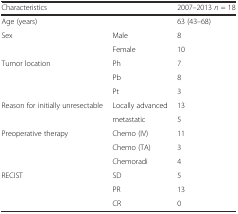
| Characteristics |  | 2007–2013 n = 18 |
 | --- | --- | --- |
 | Age (years) |  | 63 (43–68) |
 | Sex | Male | 8 |
 |  | Female | 10 |
 | Tumor location | Ph | 7 |
 |  | Pb | 8 |
 |  | Pt | 3 |
 | Reason for initially unresectable | Locally advanced | 13 |
 |  | metastatic | 5 |
 | Preoperative therapy | Chemo (IV) | 11 |
 |  | Chemo (TA) | 3 |
 |  | Chemoradi | 4 |
 | RECIST | SD | 5 |
 |  | PR | 13 |
 |  | CR | 0 |